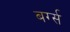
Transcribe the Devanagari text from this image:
बर्ग्स